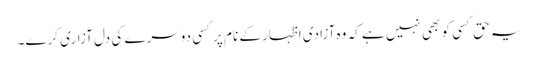
یہ حق کسی کو بھی نہیں ہے کہ وہ آزادی اظہار کے نام پرکسی دوسرے کی دل آزاری کرے۔